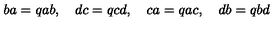
b a = q a b , \quad d c = q c d , \quad c a = q a c , \quad d b = q b d